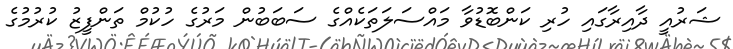
ޝަރުއީ ދާއިރާގައި ހުރި ކަންބޮޑުވާ މައްސަލަތަކެއްގެ ސަބަބުން މަރުގެ ހުކުމް ތަންފީޒު ކުރުމުގެ